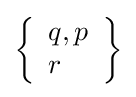
\left\{{\begin{array}{l}q,p\\r\end{array}}\right\}